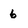
Character: 6